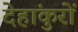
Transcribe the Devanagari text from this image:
देहांकुरों